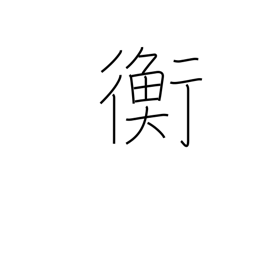
Meaning: equilibrium